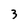
Character: 3